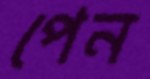
পেন